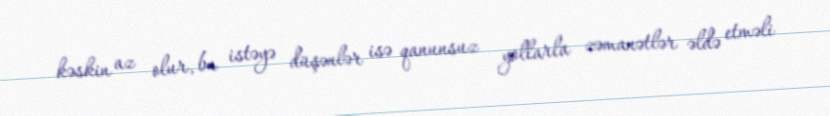
kəskin az olur, bu istəyə düşənlər isə qanunsuz yollarla zəmanətlər əldə etməli